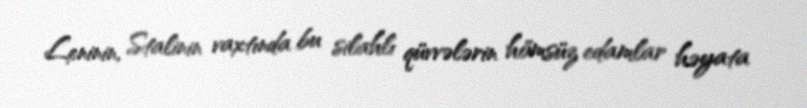
Leninin, Stalinin vaxtında bu silahlı qüvvələrin hömsüz edamlar həyata